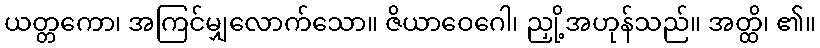
ယတ္တကော၊ အကြင်မျှလောက်သော။ ဇိယာဝေဂေါ၊ ညှို့အဟုန်သည်။ အတ္ထိ၊ ၏။